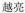
越亮